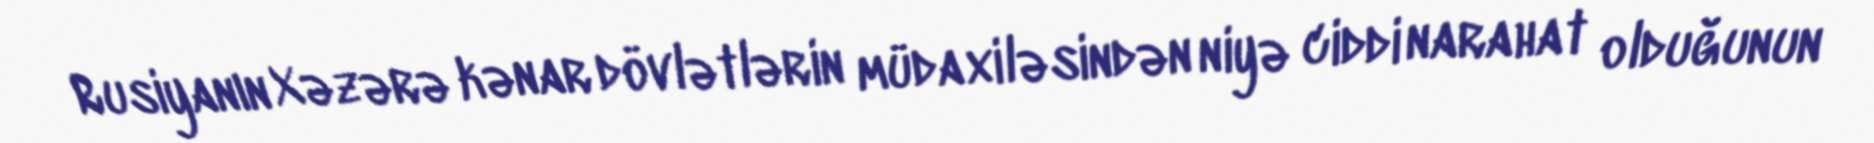
Rusiyanın Xəzərə kənar dövlətlərin müdaxiləsindən niyə ciddi narahat olduğunun